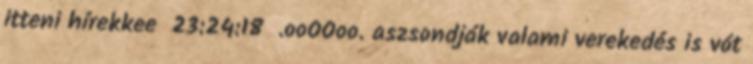
itteni hírekkee 23:24:18 .ooOOoo. aszsondják valami verekedés is vót